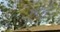
ઝૂલી